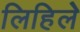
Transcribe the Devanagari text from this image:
लिहिलेे